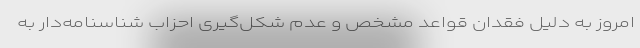
امروز به دلیل فقدان قواعد مشخص و عدم شکل‌گیری احزاب شناسنامه‌دار به